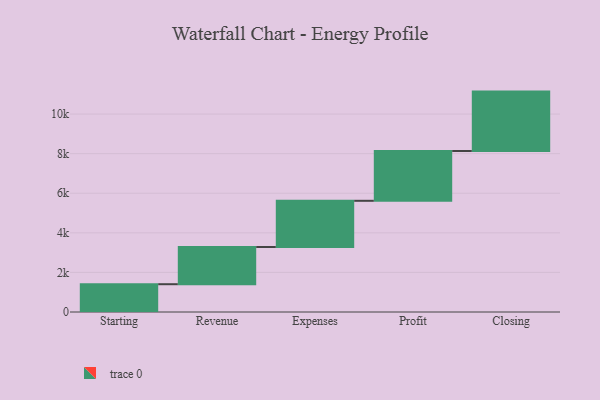
{"axis": {"x": "Step", "y": "Value"}, "legend": [""], "data": [{"x": "Starting", "y": 1404.0, "type": ""}, {"x": "Revenue", "y": 1879.0, "type": ""}, {"x": "Expenses", "y": 2335.0, "type": ""}, {"x": "Profit", "y": 2517.0, "type": ""}, {"x": "Closing", "y": 3000, "type": ""}]}